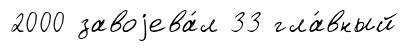
2000 завоjева́л 33 гла́вный